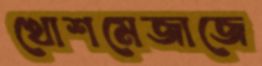
খোশমেজাজে